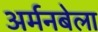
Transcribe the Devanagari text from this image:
अर्मनबेला